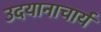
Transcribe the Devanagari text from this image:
उदयानाचार्य